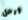
ورحل